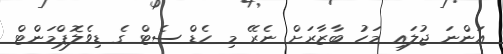
އަންނަ ޖުލައި މަހު ބާޒާރަށް ނެރޭ މި ހެޑް ސެޓް ގެ ޑިވެލޮޕްމަންޓް